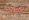
اكملي